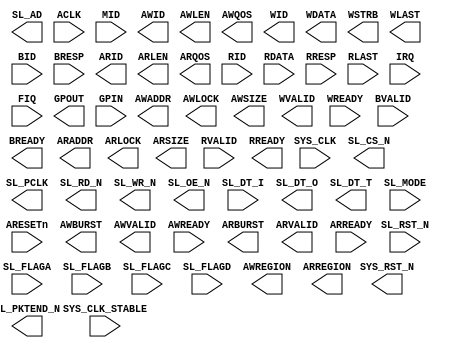
//`ifndef AMBA_AXI4
//`error  AMBA_AXI4 should be defined.
//`endif
(* black_box *) module bfm_axi
(
       input   wire          SYS_CLK_STABLE
     , input   wire          SYS_CLK   // master clock and goes to SL_PCLK
     , output  wire          SYS_RST_N // by-pass of SL_RST_N
     , input   wire          SL_RST_N
     , output  wire          SL_CS_N   
     , output  wire          SL_PCLK   // by-pass of SYS_CLK after phase shift
     , output  wire  [ 1:0]  SL_AD
     , input   wire          SL_FLAGA // active-low empty (U2F)
     , input   wire          SL_FLAGB // active-low almost-empty
     , input   wire          SL_FLAGC // active-low full (F2U)
     , input   wire          SL_FLAGD // active-low almost-full
     , output  wire          SL_RD_N
     , output  wire          SL_WR_N 
     , output  wire          SL_OE_N // when low, let FX3 drive data through SL_DT_I
     , output  wire          SL_PKTEND_N
     , input   wire  [31:0]  SL_DT_I
     , output  wire  [31:0]  SL_DT_O
     , output  wire          SL_DT_T
     , input   wire  [ 1:0]  SL_MODE
     //-------------------------------------------------------------------------
     , input  wire                     ARESETn
     , input  wire                     ACLK
     , input  wire [ 3:0]              MID
     //-------------------------------------------------------------------------
     , output wire [ 3:0]              AWID
     , output wire [31:0]              AWADDR
     , output wire [ 7:0]              AWLEN
     , output wire                     AWLOCK
     , output wire [ 2:0]              AWSIZE
     , output wire [ 1:0]              AWBURST
   //`ifdef AMBA_AXI_CACHE
   //, output wire [ 3:0]              AWCACHE
   //`endif
   //`ifdef AMBA_AXI_PROT
   //, output wire [ 2:0]              AWPROT
   //`endif
     , output wire                     AWVALID
     , input  wire                     AWREADY
     , output wire [ 3:0]              AWQOS
     , output wire [ 3:0]              AWREGION
     //-------------------------------------------------------------------------
     , output wire [ 3:0]              WID
     , output wire [31:0]              WDATA
     , output wire [ 3:0]              WSTRB
     , output wire                     WLAST
     , output wire                     WVALID
     , input  wire                     WREADY
     //-------------------------------------------------------------------------
     , input  wire [ 3:0]  BID
     , input  wire [ 1:0]              BRESP
     , input  wire                     BVALID
     , output wire                     BREADY
     //-------------------------------------------------------------------------
     , output wire [ 3:0]              ARID
     , output wire [31:0]              ARADDR
     , output wire [ 7:0]              ARLEN
     , output wire                     ARLOCK
     , output wire [ 2:0]              ARSIZE
     , output wire [ 1:0]              ARBURST
   //`ifdef AMBA_AXI_CACHE
   //, output wire [ 3:0]              ARCACHE
   //`endif
   //`ifdef AMBA_AXI_PROT
   //, output wire [ 2:0]              ARPROT
   //`endif
     , output wire                     ARVALID
     , input  wire                     ARREADY
     , output wire [ 3:0]              ARQOS
     , output wire [ 3:0]              ARREGION
     //-------------------------------------------------------------------------
     , input  wire [ 3:0]              RID
     , input  wire [31:0]              RDATA
     , input  wire [ 1:0]              RRESP
     , input  wire                     RLAST
     , input  wire                     RVALID
     , output wire                     RREADY
     //-------------------------------------------------------------------------
     , input  wire                     IRQ
     , input  wire                     FIQ
     , output wire [ 15:0]             GPOUT
     , input  wire [ 15:0]             GPIN
);
// synthesis attribute box_type bfm_axi "black_box"
endmodule